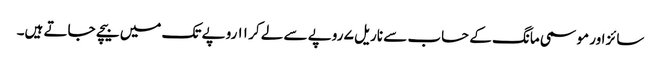
سائز اور موسمی مانگ کے حساب سے ناریل ۷ روپے سے لے کر ۱۱ روپے تک میں بیچے جاتے ہیں۔